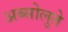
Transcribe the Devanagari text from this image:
अब्सोलुते